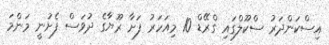
އިސްކަންދަރު ސްކޫލްގައި ގްރޭޑް 10 މިއަހަރު ފަށާ ރޫޔާގެ ދުވަސް ފެށުނީ މަންމަ